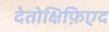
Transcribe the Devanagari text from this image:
देतोक्षिफ़िएद